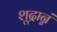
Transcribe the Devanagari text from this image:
शूद्रान्नं